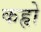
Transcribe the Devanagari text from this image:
कहृो